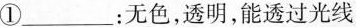
①___：无色，透明，能透过光线